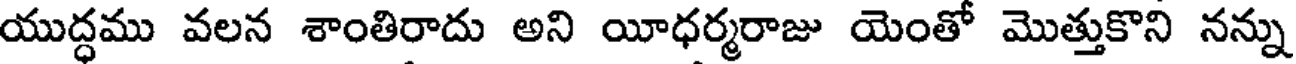
యుద్ధము వలన శాంతిరాదు అని యీధర్మరాజు యెంతో మొత్తుకొని నన్ను